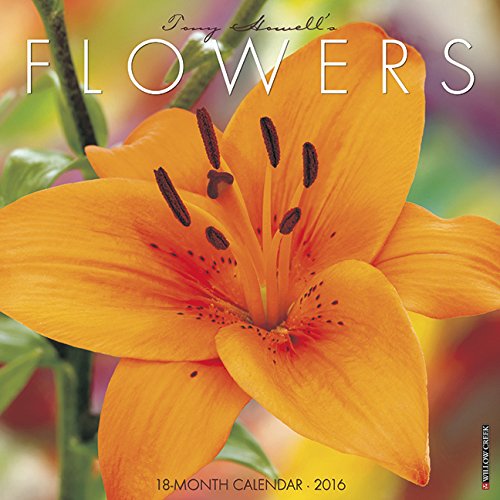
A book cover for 2016 Flowers Wall Calendar; Willow Creek Press; Calendars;